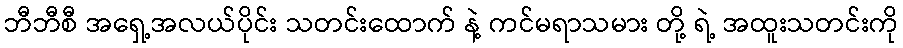
ဘီဘီစီ အရှေ့အလယ်ပိုင်း သတင်းထောက် နဲ့ ကင်မရာသမား တို့ ရဲ့ အထူးသတင်းကို